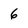
Character: 6